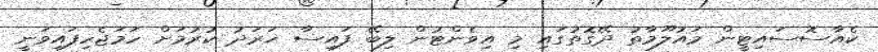
ކެއާސޮސައިޓީން މައުލޫމާތު ދޭގޮތުގައި މި އިވެންޓުން ލިބޭ ފައިސާ ޚަރަދު ކުރުމަށް ހަމަޖެހިފައިވަނީ